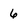
Character: 6